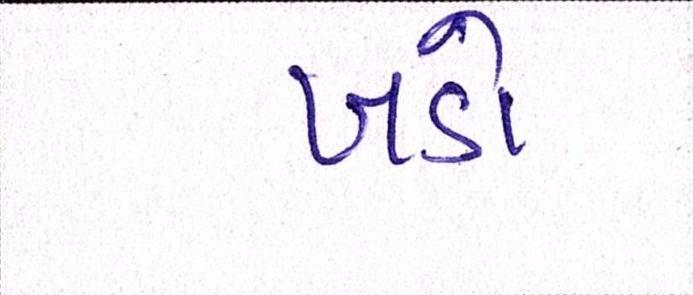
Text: ખડો